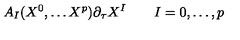
A _ { I } ( X ^ { 0 } , \dots X ^ { p } ) \partial _ { \tau } X ^ { I } \qquad I = 0 , \dots , p